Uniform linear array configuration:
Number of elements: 48
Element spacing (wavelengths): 1
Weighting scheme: hamming
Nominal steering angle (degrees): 45
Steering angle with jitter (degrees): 45.419
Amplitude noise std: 0.05
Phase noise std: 0.05

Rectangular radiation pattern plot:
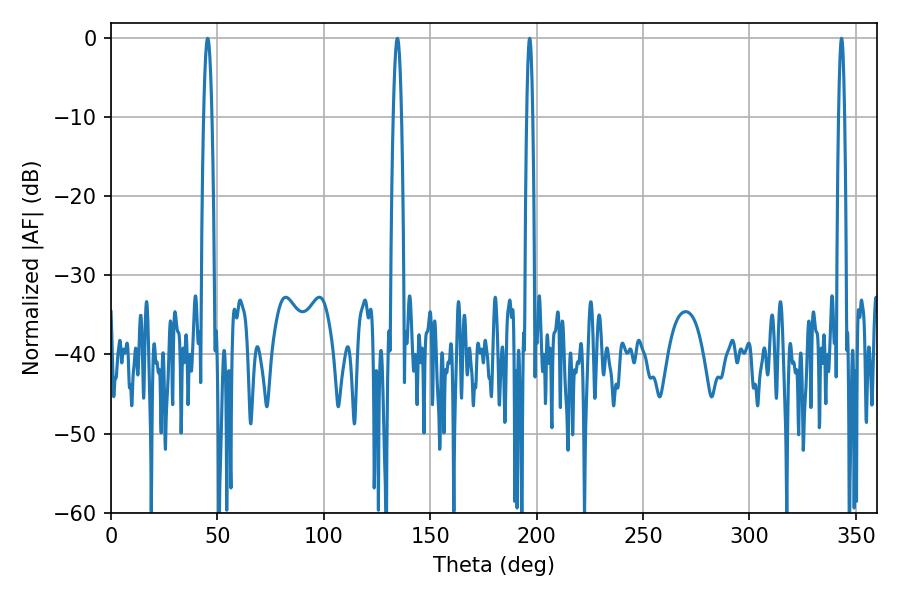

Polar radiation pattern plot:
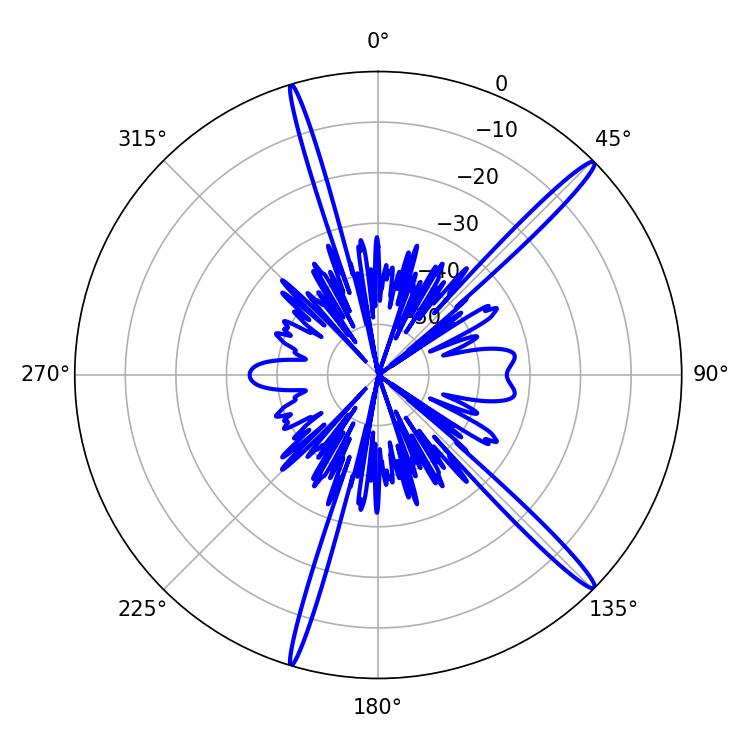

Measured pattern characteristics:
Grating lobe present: TRUE
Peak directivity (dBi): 16.858
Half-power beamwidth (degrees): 1.44
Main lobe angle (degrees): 343.26